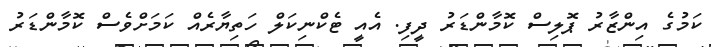
ކަމުގެ އިންޒާރު ޕޮލިސް ކޮމާންޑަރު ދީފި. އެއީ ޓެކްނިކަލް ހަތިޔާރެއް ކަމަށްވެސް ކޮމާންޑަރު